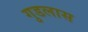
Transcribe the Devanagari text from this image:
गुडलास